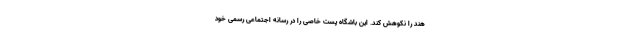
هند را نکوهش کند. این باشگاه پست خاصی را در رسانه اجتماعی رسمی خود